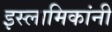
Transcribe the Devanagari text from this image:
इस्लामिकांनी